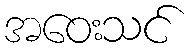
အဝေးသင်